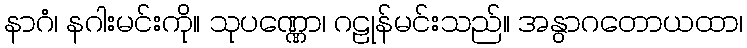
နာဂံ၊ နဂါးမင်းကို။ သုပဏ္ဏော၊ ဂဠုန်မင်းသည်။ အနွာဂတောယထာ၊